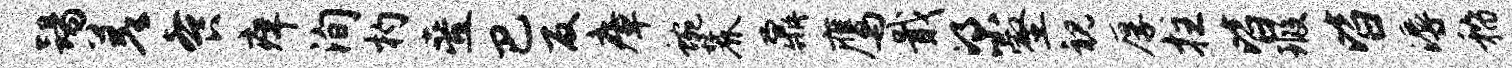
踢差餐痒洵杓叠巴反瘴蜿麓鼐鹰戢梁壑视厚拄皆瑕皆溽稽